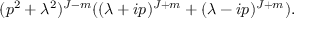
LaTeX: ( p ^ { 2 } + \lambda ^ { 2 } ) ^ { J - m } ( ( \lambda + i p ) ^ { J + m } + ( \lambda - i p ) ^ { J + m } ) .